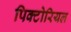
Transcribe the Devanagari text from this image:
पिक्टोरियल